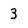
Character: 3